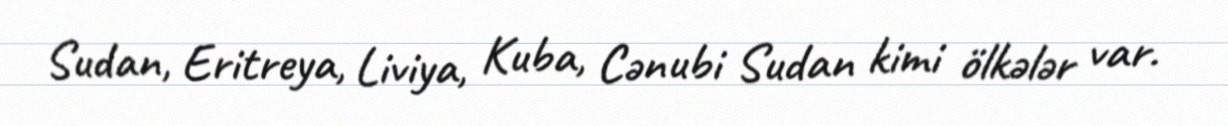
Sudan, Eritreya, Liviya, Kuba, Cənubi Sudan kimi ölkələr var.